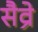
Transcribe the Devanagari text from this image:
सैव्रे